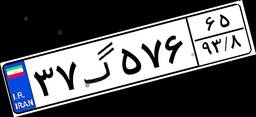
۰۱گ۹۷۱۷۶